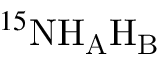
^ { 1 5 } \mathrm { N } \mathrm { H _ { A } H _ { B } }